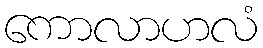
ကောလာဟလံ